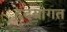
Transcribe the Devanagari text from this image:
हृदयागत